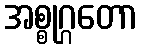
အစ္စုဂ္ဂတော